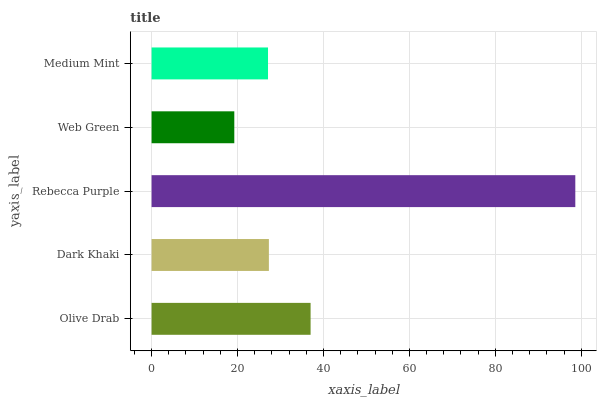
| yaxis_label | bars |
 | --- | --- |
 | Olive Drab | 37 |
 | Dark Khaki | 27.3 |
 | Rebecca Purple | 98.6 |
 | Web Green | 19.3 |
 | Medium Mint | 27.1 |